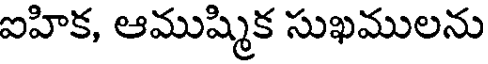
ఐహిక, ఆముష్మిక సుఖములను